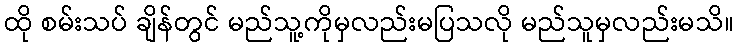
ထို စမ်းသပ် ချိန်တွင် မည်သူ့ကိုမှလည်းမပြသလို မည်သူမှလည်းမသိ။